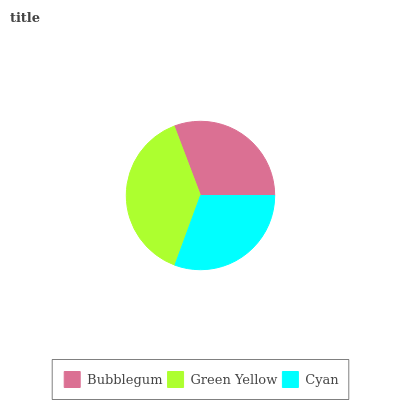
| Bubblegum | Green Yellow | Cyan |
 | --- | --- | --- |
 | 30.7% | 38.7% | 30.6% |